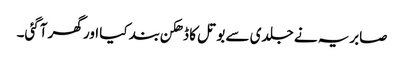
صابریہ نے جلدی سے بوتل کا ڈھکن بند کیا اور گھر آگئی۔